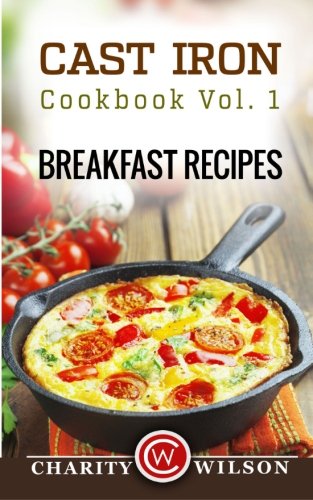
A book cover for Cast Iron Cookbook: Vol.1 Breakfast Recipes; Charity Wilson; Cookbooks, Food & Wine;